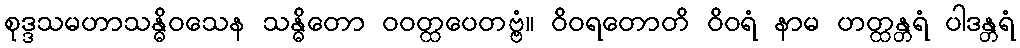
စုဒ္ဒသမဟာသန္ဓိဝသေန သန္ဓိတော ဝဝတ္ထပေတဗ္ဗံ။ ဝိဝရတောတိ ဝိဝရံ နာမ ဟတ္ထန္တရံ ပါဒန္တရံ